Statistical return of the lunatic asylum in Assam - 1912-1932
Year: 1912
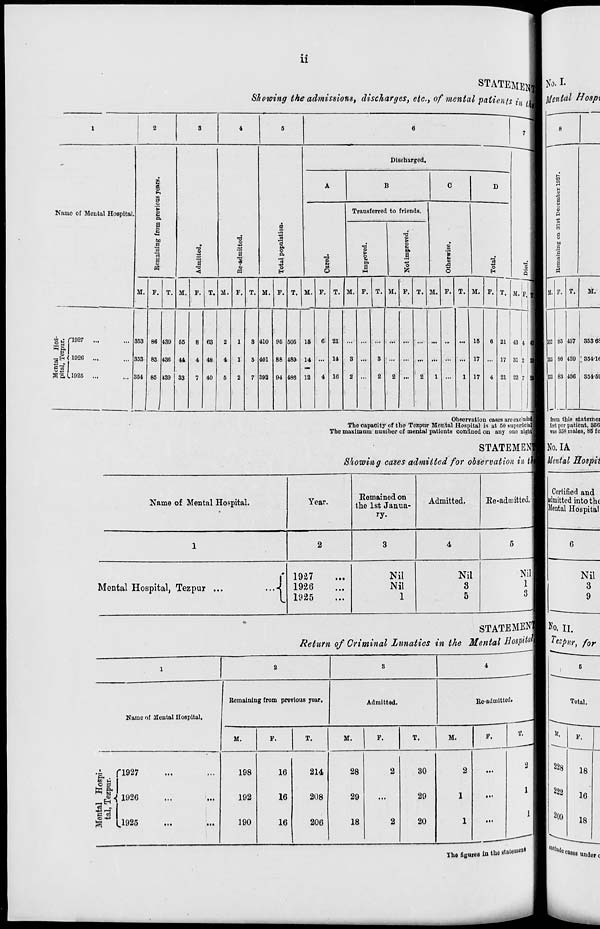
a
STATEMEl
Showing the admissions, discharges, etc., of mental patients ft
Name of Mental Hospital.
a o
S a
bo
a
'3
a
a
a
&
a o
IS
9
a
o
a
o
H
Discharged.
B
D
a
o
Transferred to friends.
o
a
o
o
H
M.
M. r. T. ai. F.
§ „• T1927
Wa
_H< 102G
5 3 I
5'£11925
353
353
354
439
436
139
55
14
33
M. F. T. M.
M.
T.
410
401
392
505
489
486
15
14
12
21
14
1(1
M. F. T. M. F. T. M. F.
M. P,
15
17
17
43 4
31 2
I
22 7
Observation cases are exclude!
The capacity of the Tczpur Mental Hospital is at 50 superficial
The maximum number of mental patients confined on any ouc nighi
STATEMENl
Showing cases admitted for observation in
Name of Mental Hospital.
Year.
Remained on
the 1st Janua-
ry.
Admitted.
Ee-adniitted.
1
2
3
4
5
Mental Hospital, Tezpur ...
...4
1927
1926
1925
Nil
Nil
1
Nil
3
5
Nil
1
3
Name of Mental Hospital.
Remaining from previous year.
Admitted.
Readmitted.
4 fl927
to t-l
^i 1926
g ci
1925
M.
F.
T.
M.
F.
T.
M.
F.
198
16
214
28
2
30
2
...
192
16
208
29
...
29
1
lit
190
16
206
18
2
20
1
...
T.
No. I.
Rental Hosp\
%
a
a
o
M
a
1 '3
a
3
M.
332
M.
B5 437 , 353 05
SO
83
439 854-lf
436 354-55
from this statemei
feet per patient, 856
was 358 males, 85 fe
No.IA
Mental Hospii
Certified and
admitted into the
Mental Hospital
Nil
3
9
STATEMENTS No. n.
Return of Criminal Lunatics in the Mental Sospit^^M Tezpur, for
Total.
M.
222
209
18
16
18
lb, figurea in the stated
| < l «Uuo ca808 ^^